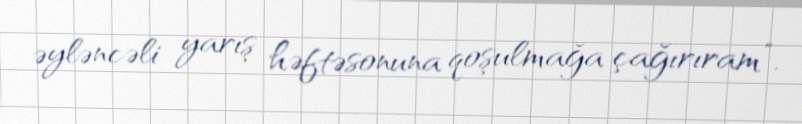
əyləncəli yarış həftəsonuna qoşulmağa çağırıram”.